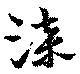
漆